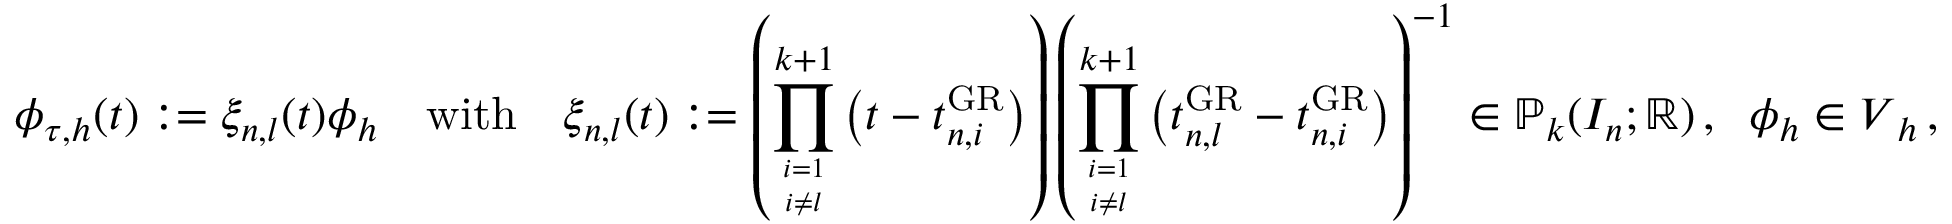
\boldsymbol \phi _ { \tau , h } ( t ) : = \xi _ { n , l } ( t ) \boldsymbol \phi _ { h } \quad \mathrm { w i t h } \quad \xi _ { n , l } ( t ) : = \left( \prod _ { i = 1 \atop i \neq l } ^ { k + 1 } \big ( t - t _ { n , i } ^ { \mathrm { G R } } \big ) \right) \left( \prod _ { i = 1 \atop i \neq l } ^ { k + 1 } \big ( t _ { n , l } ^ { \mathrm { G R } } - t _ { n , i } ^ { \mathrm { G R } } \big ) \right) ^ { - 1 } \in \mathbb P _ { k } ( I _ { n } ; \mathbb { R } ) \, , \; \; \boldsymbol \phi _ { h } \in \boldsymbol V _ { h } \, ,